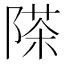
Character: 𮥗